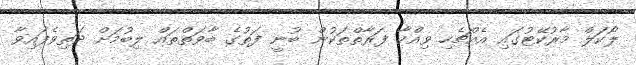
ލޯކަލް މާރުކޭޓުގައި އެއްޗެހި ވިއްކާ ފަރާތްތަކުން ބުނީ ފަތުގެ ބާވަތްތައް ލިބުމަށް ދަތިވެފައިވާ